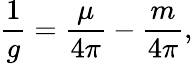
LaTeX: \frac{1}{g}=\frac{\mu}{4\pi}-\frac{m}{4\pi},